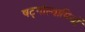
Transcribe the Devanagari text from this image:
षट्गोस्वामियों